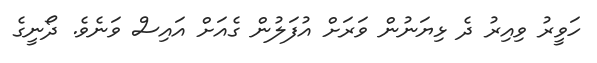
ހަވީރު ވިއިރު ދެ ޅިޔަނުން ވަރަށް އުފަލުން ގެއަށް އައިސް ވަނެވެ. ދޯނީގެ